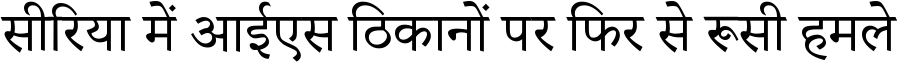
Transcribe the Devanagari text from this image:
सीरिया में आईएस ठिकानों पर फिर से रूसी हमले